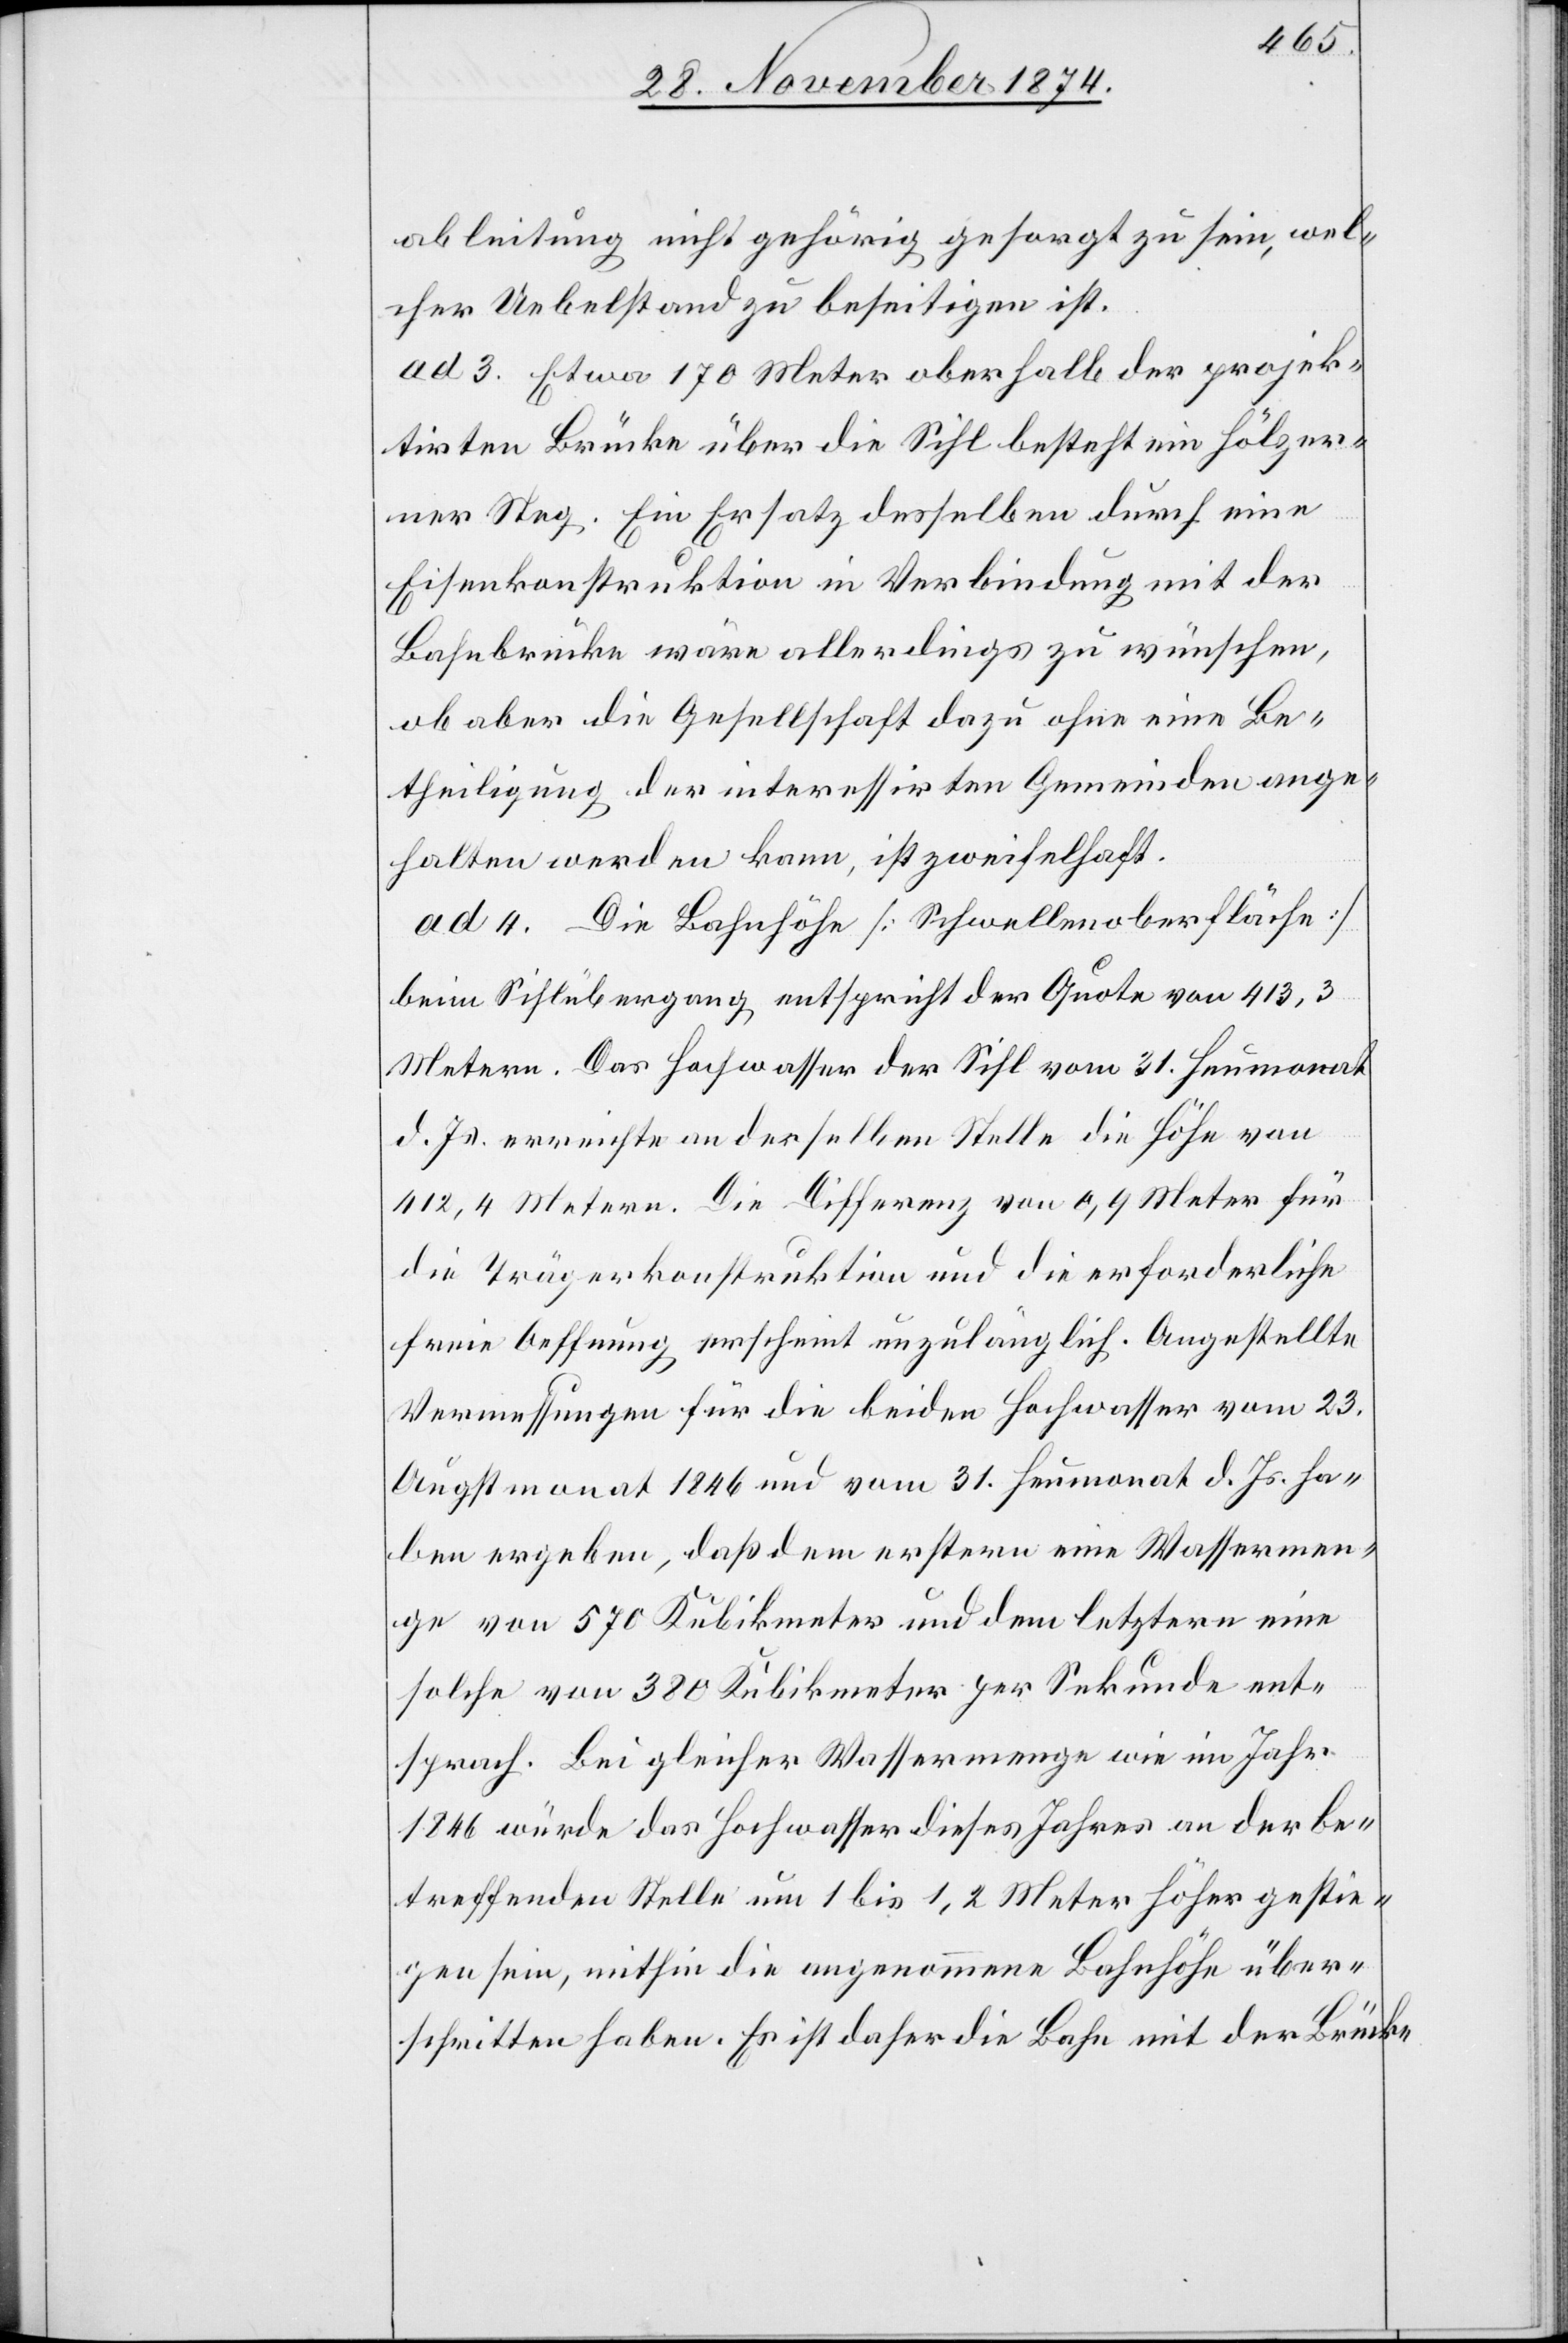
ableitung nicht gehörig gesorgt zu sein, wel¬
cher Uebelstand zu beseitigen ist.
ad 3. Etwa 170 Meter oberhalb der projek¬
tirten Brücke über die Sihl besteht ein hölzer¬
ner Steg. Ein Ersatz desselben durch eine
Eisenkonstruktion in Verbindung mit der
Bahnbrücke wäre allerdings zu wünschen,
ob aber die Gesellschaft dazu ohne eine Be¬
theiligung der interessirten Gemeinden ange¬
halten werden kann, ist zweifelhaft.
ad 4. Die Bahnhöhe [Schwellenoberfläche]
beim Sihlübergang entspricht der Quote von 413,3
Metern. Das Hochwasser der Sihl vom 31. Heumonat
d. Js. erreichte an derselben Stelle die Höhe von
312,4 Metern. Die Differenz von 0,9 Meter für
die Trägerkonstruktion und die erforderliche
freie Oeffnung erscheint unzulänglich. Angestellte
Vermessungen für die beiden Hochwasser vom 23.
Augstmonat 1864 und vom 31. Heumonat d. Js. ha¬
ben ergeben, daß dem erstern eine Wassermen¬
ge von 570 Kubikmeter und dem letztern eine
solche von 380 Kubikmeter per Sekunde ent¬
sprach. Bei gleicher Wassermenge wie im Jahr
1864 würde das Hochwasser dieses Jahres an der be¬
treffenden Stelle um 1 bis 1,2 Meter höher gestie¬
gen sein, mithin die angenommene Bahnhöhe über¬
schritten haben. Es ist daher die Bahn mit der Brücke